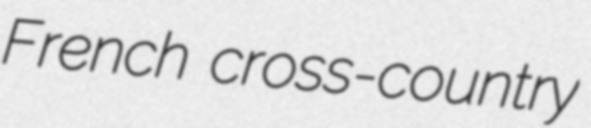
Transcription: French cross-country